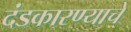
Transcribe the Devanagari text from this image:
दंडकारण्याचे